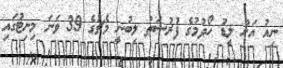
ނިއު އަށް ލީޑު ހޯދުމުގެ ފުރުސަތު ލިބުނީ މެޗުގެ 39 ވަނަ މިނިޓުގައި